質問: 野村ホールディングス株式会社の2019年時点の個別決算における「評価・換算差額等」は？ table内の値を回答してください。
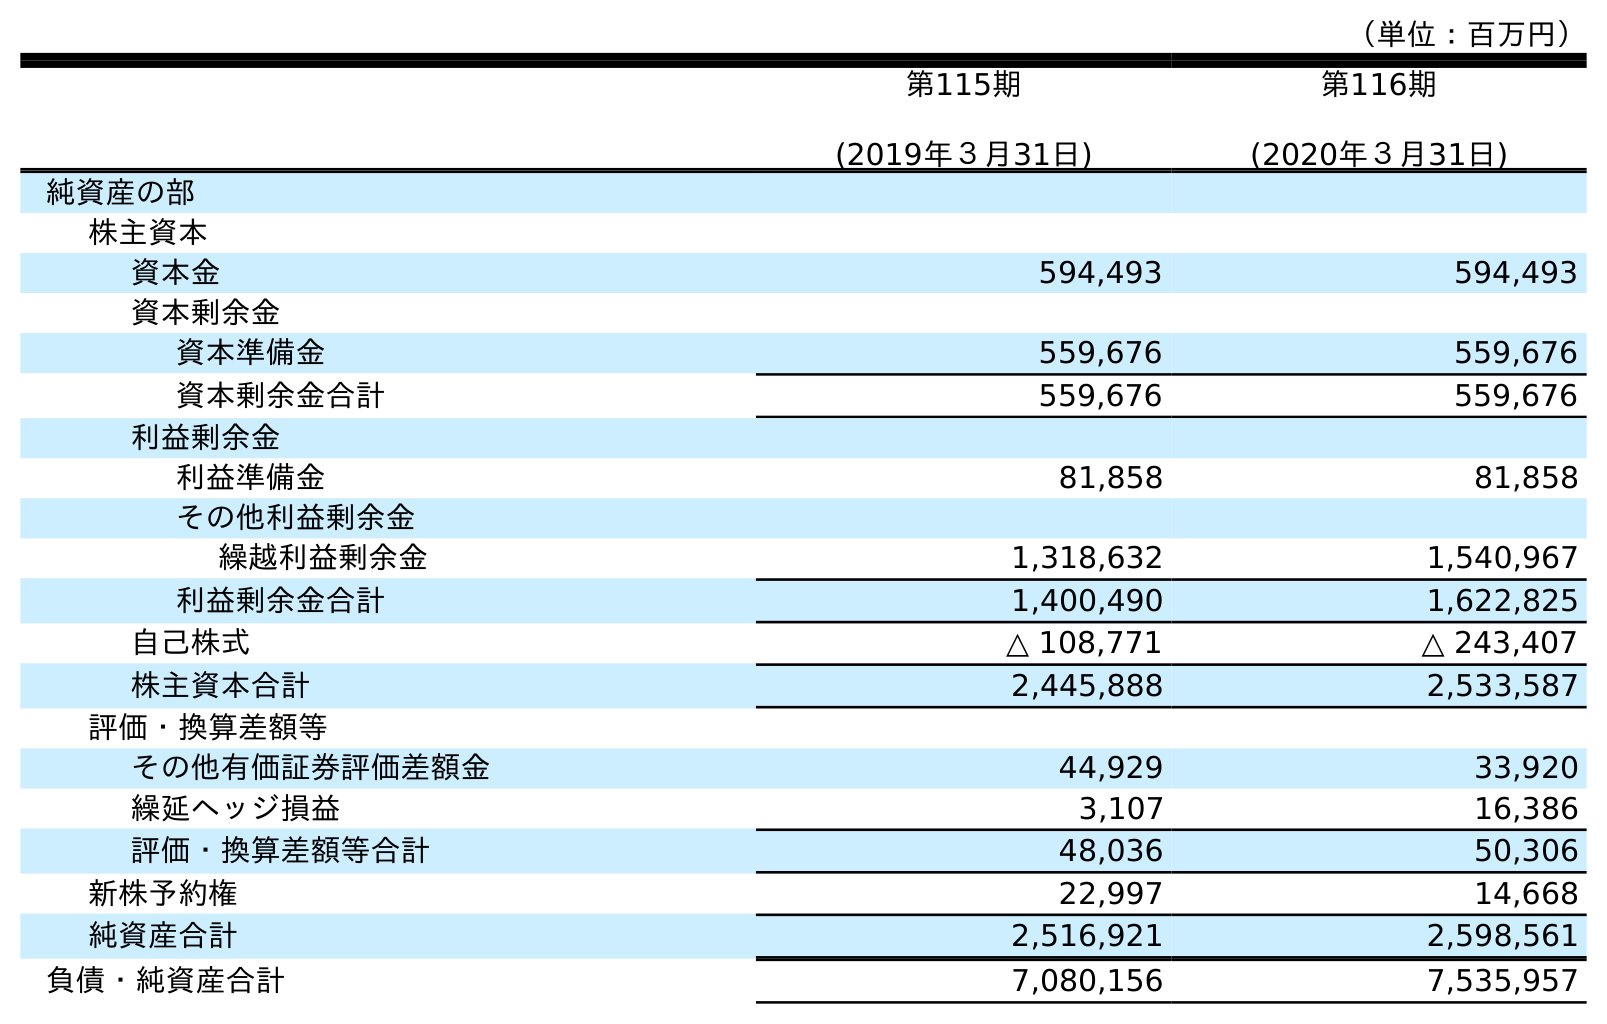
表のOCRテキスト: （単位：百万円） 第115期 (2019年３月31日) 第116期 (2020年３月31日) 純資産の部 株主資本 資本金 594,493 594,493 資本剰余金 資本準備金 559,676 559,676 資本剰余金合計 559,676 559,676 利益剰余金 利益準備金 81,858 81,858 その他利益剰余金 繰越利益剰余金 1,318,632 1,540,967 利益剰余金合計 1,400,490 1,622,825 自己株式 △ 108,771 △ 243,407 株主資本合計 2,445,888 2,533,587 評価・換算差額等 その他有価証券評価差額金 44,929 33,920 繰延ヘッジ損益 3,107 16,386 評価・換算差額等合計 48,036 50,306 新株予約権 22,997 14,668 純資産合計 2,516,921 2,598,561 負債・純資産合計 7,080,156 7,535,957
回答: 48,036